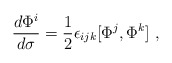
\begin{align*}{d\Phi^i\over d\sigma}={1\over 2}\epsilon_{ijk}[\Phi^j,\Phi^k]\ ,\end{align*}